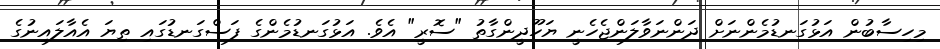
މިހިސާބުން އަޅުގަނޑުމެންނަށް ދަންނަވާލަންޖެހެނީ ޔަހޫދީންގާތު "ސޮރީ" އެވެ. އަޅުގަނޑުމެންގެ ފަސްގަނޑުގައި ތިޔަ އެއާލައިނުގެ